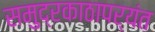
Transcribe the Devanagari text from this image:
समुद्रकाठापर्यंत